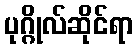
ပုဂ္ဂိုလ်ဆိုင်ရာ